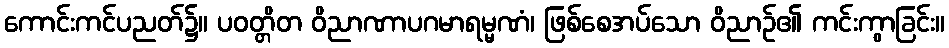
ကောင်းကင်ပညတ်၌။ ပဝတ္တိတ ဝိညာဏာပဂမာရမ္မဏံ၊ ဖြစ်စေအပ်သော ဝိညာဉ်၏ ကင်းကွာခြင်း။